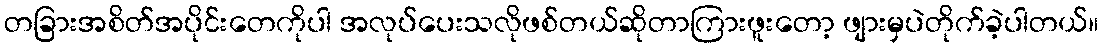
တခြားအစိတ်အပိုင်းတေကိုပါ အလုပ်ပေးသလိုဖစ်တယ်ဆိုတာကြားဖူးတော့ ဖျားမှပဲတိုက်ခဲ့ပါတယ်။